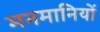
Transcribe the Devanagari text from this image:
मनमानियों